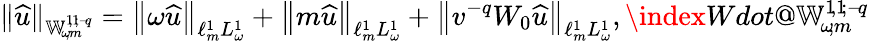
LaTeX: \lVert\widehat{u}\rVert_{{\mathbb{W}_{\! \omega\! ,m}^{1\! ,1\! ;{-\! q}}}}=\left\lVert\omega\widehat{u}\right\rVert_{\ell_{m}^{1}L_{\omega}^{1}}+\left\lVert m\widehat{u}\right\rVert_{\ell_{m}^{1}L_{\omega}^{1}}+\left\lVert v^{-q}W_{0}\widehat{u}\right\rVert_{\ell_{m}^{1}L_{\omega}^{1}},\index{Wdot@{\mathbb{W}_{\! \omega\! ,m}^{1\! ,1\! ;{-\! q}}}}